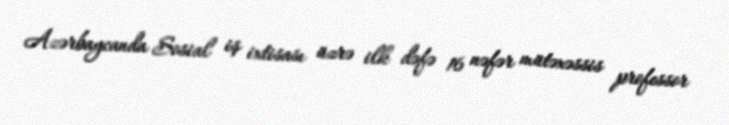
Azərbaycanda Sosial iş ixtisası üzrə ilk dəfə 16 nəfər mütəxəssis professor